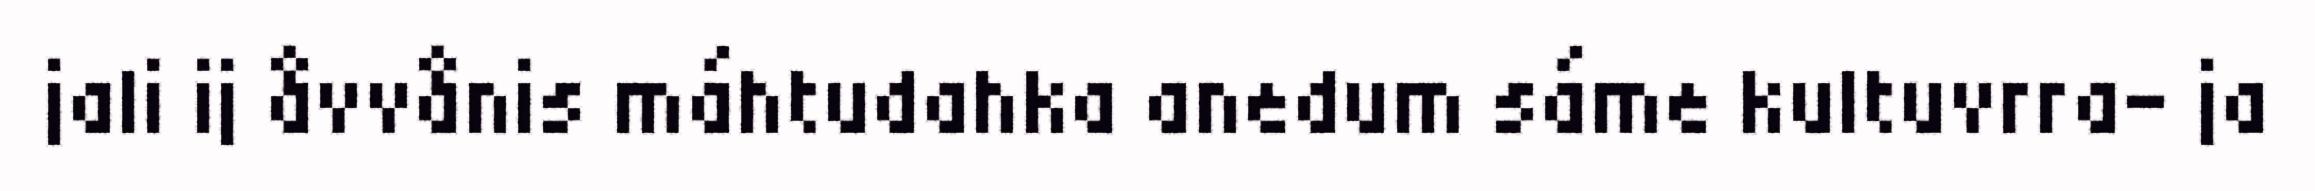
jali ij åvvånis máhtudahka anedum sáme kultuvrra- ja